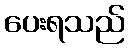
ပေးရသည်